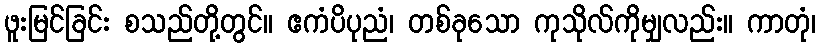
ဖူးမြင်ခြင်း စသည်တို့တွင်။ ဧကံပိပုညံ၊ တစ်ခုသော ကုသိုလ်ကိုမျှလည်း။ ကာတုံ၊